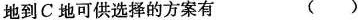
地到C地可供选择的方案有 ( )